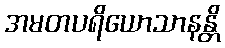
အမတပရိယောသာနန္တိ